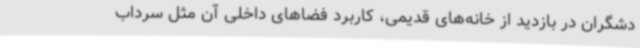
دشگران در بازدید از خانه‌های قدیمی، کاربرد فضاهای داخلی آن مثل سرداب